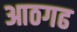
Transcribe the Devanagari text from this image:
आठगढ